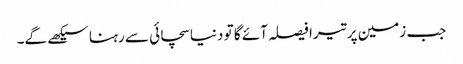
جب زمین پر تیرا فیصلہ آئے گا تو دنیا سچائی سے رہنا سیکھے گے۔